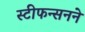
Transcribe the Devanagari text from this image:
स्टीफन्सनने